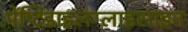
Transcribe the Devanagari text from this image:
पेप्टिडाइलग्लाइसाइन